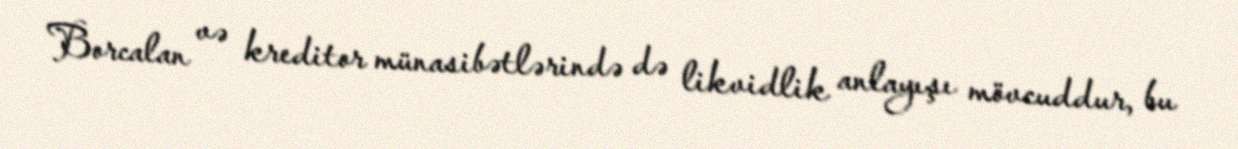
Borcalan və kreditor münasibətlərində də likvidlik anlayışı mövcuddur, bu